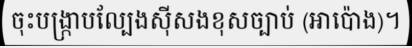
ចុះបង្ក្រាបល្បែងស៊ីសងខុសច្បាប់ (អាប៉ោង)។